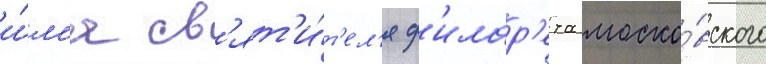
и́м'я св'ят'и́т'ел'я ф'илар'ета моско́вского